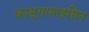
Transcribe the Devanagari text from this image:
कासूगामाइसिन